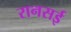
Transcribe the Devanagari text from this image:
रानसई